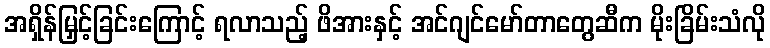
အရှိန်မြှင့်ခြင်းကြောင့် ရလာသည့် ဖိအားနှင့် အင်ဂျင်မော်တာတွေဆီက မိုးခြိမ်းသံလို